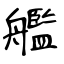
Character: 艦